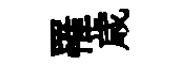
罹歳